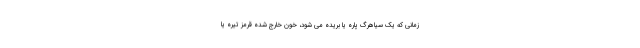
زمانی که یک سیاهرگ پاره یا بریده می شود، خون خارج شده قرمز تیره یا